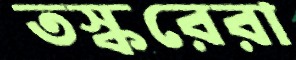
তস্করেরা